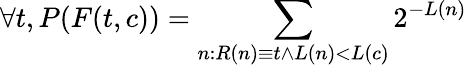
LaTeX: \forall t,P(F(t,c))=\sum_{n:R(n)\equiv t\land L(n)<L(c)}2^{-L(n)}